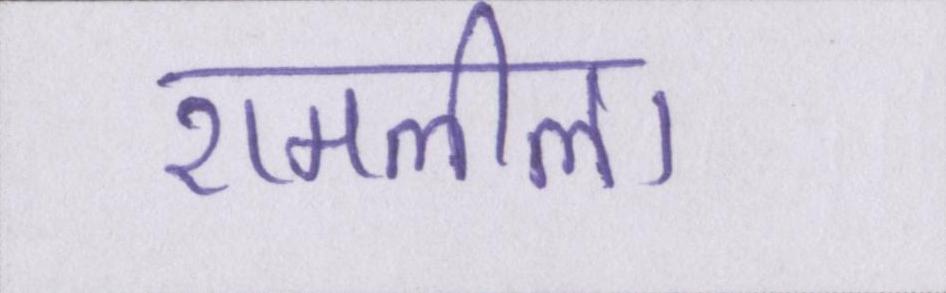
रामलीला